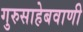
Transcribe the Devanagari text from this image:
गुरुसाहेबवाणी